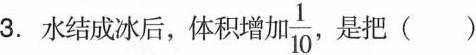
3. 水结成冰后，体积增加 \frac{1}{10}，是把 ()